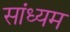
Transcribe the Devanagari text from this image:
सांध्यम